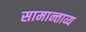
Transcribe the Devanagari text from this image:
सामान्ताव्य